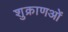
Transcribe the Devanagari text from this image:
शुक्राणओं